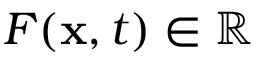
F ( \mathbf { x } , t ) \in \mathbb { R }